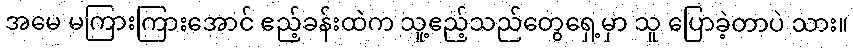
အမေ မကြားကြားအောင် ဧည့်ခန်းထဲက သူ့ဧည့်သည်တွေရှေ့မှာ သူ ပြောခဲ့တာပဲ သား။